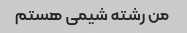
من رشته شیمی هستم